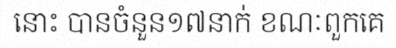
នោះ បានចំនួន១៧នាក់ ខណៈពួកគេ